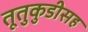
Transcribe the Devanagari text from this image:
तूतुकुडीसह